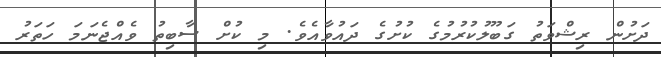
ދަށުން ރިޝްވަތު ގަބޫލުކުރުމުގެ ކުށުގެ ދައުވާއެވެ. މި ކުށް ސާބިތު ވެއްޖެނަމަ ހަތަރު